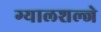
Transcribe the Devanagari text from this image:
ग्यालशल्जे